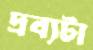
দ্রব্যটা